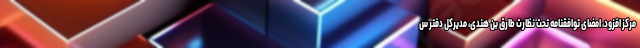
مرکز افزود، امضای توافقنامه تحت نظارت طارق بن هندی، مدیرکل دفتر س